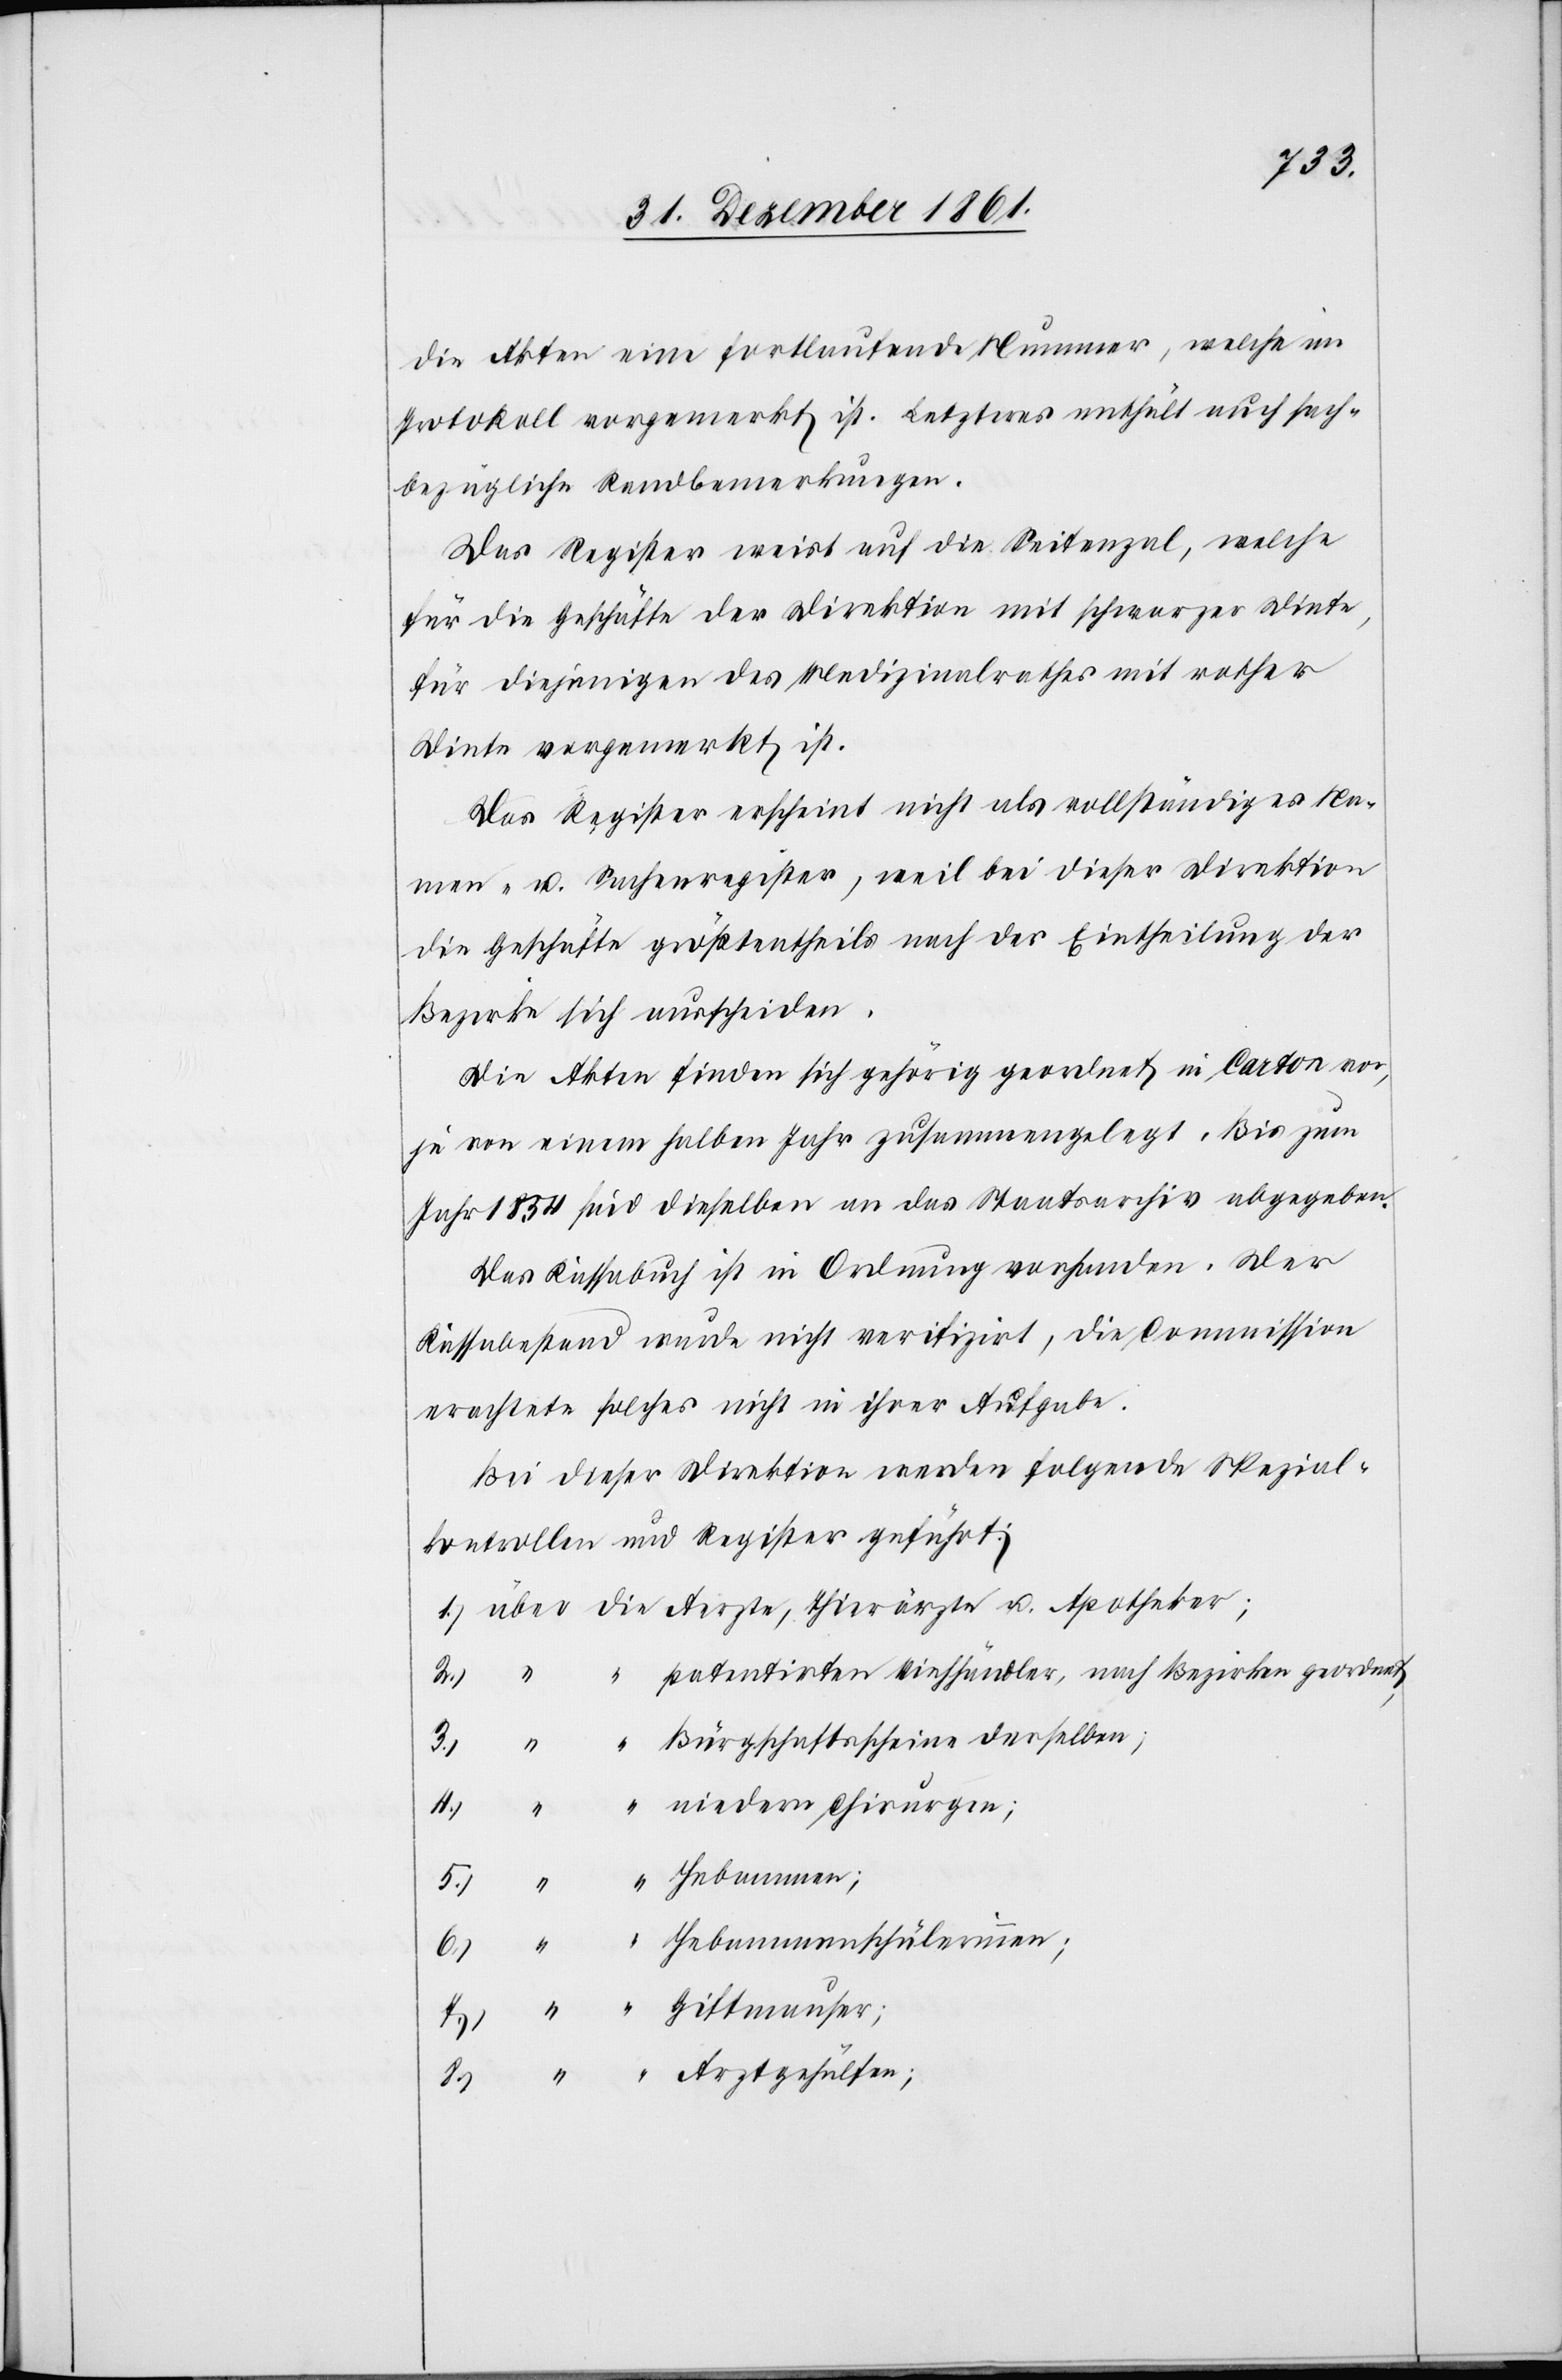
die Akten eine fortlaufende Nummer, welche im
Protokoll vorgemerkt ist. Letzteres enthält auch sach¬
bezügliche Randbemerkungen.
Das Register weist auf die Seitenzal, welche
für die Geschäfte der Direktion mit schwarzer Dinte,
für diejenigen des Medizinalrathes mit rother
Dinte vorgemerkt ist.
Das Register erscheint nicht als vollständiges Na¬
men- u. Sachenregister, weil bei dieser Direktion
die Geschäfte größtentheils nach der Eintheilung der
Bezirke sich ausscheiden.
Die Akten finden sich gehörig geordnet in Carton vor,
je von einem halben Jahr zusammengelegt. Bis zum
Jahr 1854 sind dieselben an das Staatsarchiv abgegeben.
Das Kassabuch ist in Ordnung vorhanden. Der
Kassabestand wurde nicht verifizirt, die Commission
erachtete solches nicht in ihrer Aufgabe.
Bei dieser Direktion werden folgende Spezial¬
kontrollen und Register geführt:
1.) über die Aerzte, Thierärzte u. Apotheker;
2.) “	 “ patentirten Viehhändler, nach Bezirken geordnet,
3.) “	 “ Bürgschaftsscheine derselben;
4.) “	 “ niedern Chirurgen;
6.) “	 “ Hebammenschülerinnen;
7.) “	 “ Giftmauser;